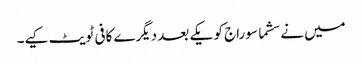
میں نے سشما سوراج کو یکے بعد دیگرے کافی ٹویٹ کیے۔